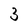
Character: 3